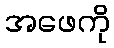
အဖေကို